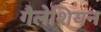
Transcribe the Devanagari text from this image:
गैलेशियन